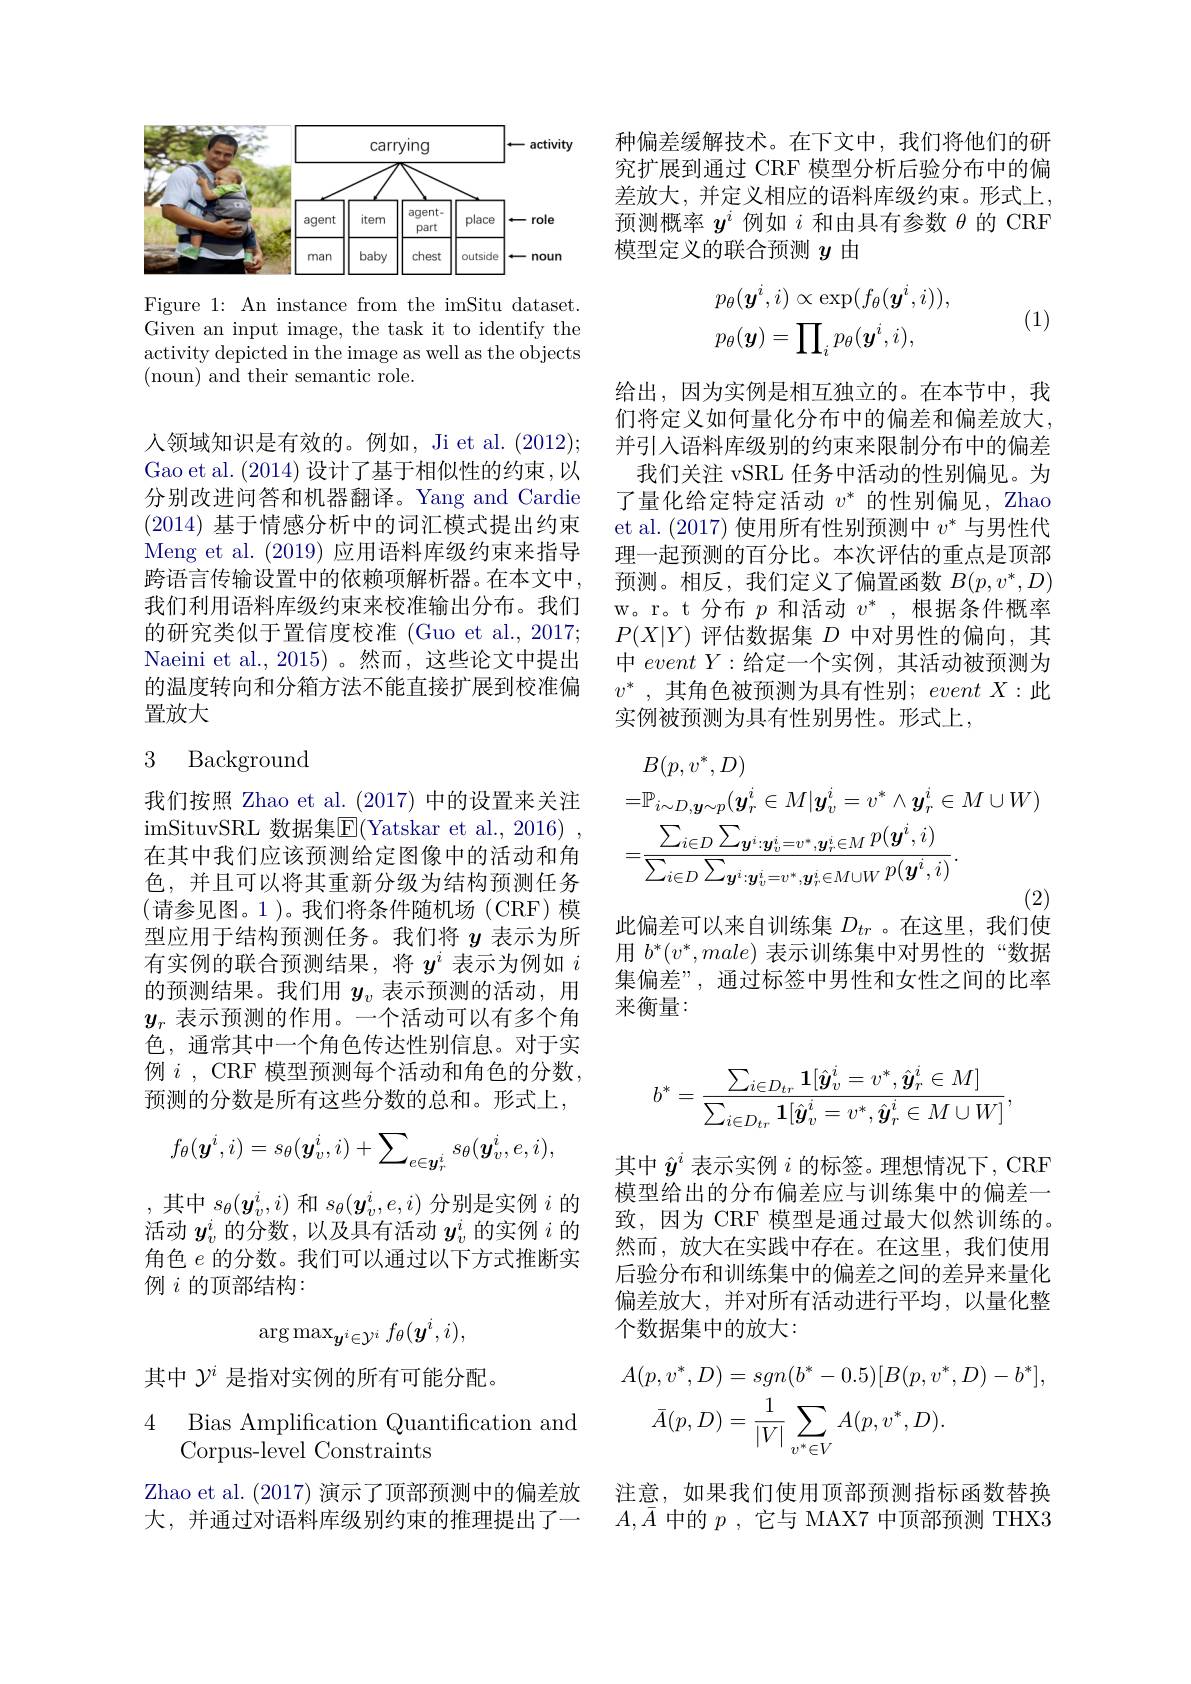
<FigureHere>

Figure 1: An instance from the imSitu dataset. Given an input image, the task it to identify the activity depicted in the image as well as the objects ( noun) and their semantic role.

人领域知识是有效的。例如，Ji et al. (2012); Gao et al. (2014) 设计了基于相似性的约束，以分别改进问答和机器翻译。Yang and Cardie (2014)基于情感分析中的词汇模式提出约束Meng et al. (2019)应用语料库级约束来指导跨语言传输设置中的依赖项解析器。在本文中， 我们利用语料库级约束来校准输出分布。我们的研究类似于置信度校准 (Guo et al., 2017; Naeini et al., 2015)。然而，这些论文中提出的温度转向和分箱方法不能直接扩展到校准偏置放大

# 3 Background

我们按照 Zhao et al.(2017)中的设置来关注imSituvSRL 数据集$\overline{\mathbb{E}}($Yatskar et al., 2016) 在其中我们应该预测给定图像中的活动和角色，并且可以将其重新分级为结构预测任务(请参见图。1)。我们将条件随机场(CRF)模型应用于结构预测任务。我们将$y$表示为所有实例的联合预测结果，将$y^i$表示为例如$i$ 的预测结果。我们用$y_v$表示预测的活动，用$y_r$表示预测的作用。一个活动可以有多个角色，通常其中一个角色传达性别信息。对于实例 $i$, CRF 模型预测每个活动和角色的分数， 预测的分数是所有这些分数的总和。形式上，
$$f_\theta(\boldsymbol{y}^i,i)=s_\theta(\boldsymbol{y}_v^i,i)+\sum_{e\in\boldsymbol{y}_r^i}s_\theta(\boldsymbol{y}_v^i,e,i),$$
,其中$s_\theta(\boldsymbol{y}_v^i,i)$和$s_\theta(\boldsymbol{y}_v^i,e,i)$分别是实例$i$的活动$y_v^i$的分数，以及具有活动$y_v^i$的实例$i$的角色$e$的分数。我们可以通过以下方式推断实例$i$的顶部结构：
$$\arg\max_{\boldsymbol{y}^i\in\mathcal{Y}^i}f_\theta(\boldsymbol{y}^i,i),$$
其中$\mathcal{Y}^i$是指对实例的所有可能分配。

4 Bias Amplification Quantification and
Corpus-level Constraints

Zhao et al. (2017) 演示了顶部预测中的偏差放 注意，如果我们使用顶部预测指标函数替换
大，并通过对语料库级别约束的推理提出了一

种偏差缓解技术。在下文中，我们将他们的研究扩展到通过 CRF 模型分析后验分布中的偏差放大，并定义相应的语料库级约束。形式上， 预测概率$y^i$例如$i$和由具有参数$\theta$的 CRF 模型定义的联合预测$y$由
$$\begin{aligned}&p_{\theta}(\boldsymbol{y}^{i},i)\propto\exp(f_{\theta}(\boldsymbol{y}^{i},i)),\\&p_{\theta}(\boldsymbol{y})=\prod_ip_\theta(\boldsymbol{y}^i,i),\end{aligned}$$
(1)

给出，因为实例是相互独立的。在本节中，我们将定义如何量化分布中的偏差和偏差放大， 并引人语料库级别的约束来限制分布中的偏差
我们关注 vSRL 任务中活动的性别偏见。为了量化给定特定活动$v^*$的性别偏见，Zhao et al.(2017) 使用所有性别预测中$v^*$与男性代理一起预测的百分比。本次评估的重点是顶部预测。相反，我们定义了偏置函数$B(p,v^*,D)$ w。r。t 分布$p$和活动$v^*$,根据条件概率$P(X|Y)$评估数据集$D$中对男性的偏向，其中 $eventY:$给定一个实例，其活动被预测为$v^*$ , 其角色被预测为具有性别；event $X:$此实例被预测为具有性别男性。形式上，
$$\begin{aligned}&B(p,v^{*},D)\\&=\mathbb{P}_{i\sim D,\boldsymbol{y}\sim p}(\boldsymbol{y}_{r}^{i}\in M|\boldsymbol{y}_{v}^{i}=v^{*}\wedge\boldsymbol{y}_{r}^{i}\in M\cup W)\\&=\frac{\sum_{i\in D}\sum_{\boldsymbol{y}^{i}:\boldsymbol{y}_{v}^{i}=v^{*},\boldsymbol{y}_{r}^{i}\in M}p(\boldsymbol{y}^{i},i)}{\sum_{i\in D}\sum_{\boldsymbol{y}^{i}:\boldsymbol{y}_{v}^{i}=v^{*},\boldsymbol{y}_{r}^{i}\in M\cup W}p(\boldsymbol{y}^{i},i)}.\end{aligned}$$
此偏差可以来自训练集$D_{tr}$ 。在这里，我们使

用$b^*(v^*,male)$表示训练集中对男性的“数据集偏差”, 通过标签中男性和女性之间的比率来衡量：
$$b^*=\frac{\sum_{i\in D_{tr}}\mathbf{1}[\hat{\boldsymbol{y}}_v^i=v^*,\hat{\boldsymbol{y}}_r^i\in M]}{\sum_{i\in D_{tr}}\mathbf{1}[\hat{\boldsymbol{y}}_v^i=v^*,\hat{\boldsymbol{y}}_r^i\in M\cup W]},$$
其中$\hat{y}^i$表示实例$i$的标签。理想情况下，CRF 模型给出的分布偏差应与训练集中的偏差一致，因为 CRF 模型是通过最大似然训练的。然而，放大在实践中存在。在这里，我们使用后验分布和训练集中的偏差之间的差异来量化偏差放大，并对所有活动进行平均，以量化整个数据集中的放大：
$$\begin{aligned}A(p,v^{*},D)&=sgn(b^{*}-0.5)[B(p,v^{*},D)-b^{*}],\\\bar{A}(p,D)&=\frac{1}{|V|}\sum_{v^{*}\in V}A(p,v^{*},D).\end{aligned}$$
$A,\bar{A}$中的$p$ ,它与 MAX7 中顶部预测 THX3